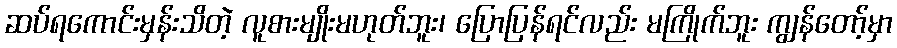
ဆပ်ရကောင်းမှန်းသိတဲ့ လူစားမျိုးမဟုတ်ဘူး၊ ပြောပြန်ရင်လည်း မကြိုက်ဘူး ကျွန်တော့်မှာ